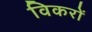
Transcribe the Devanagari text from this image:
विकरों